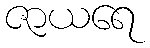
ဇာယရေ